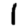
Digit: 1